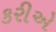
કરીએ